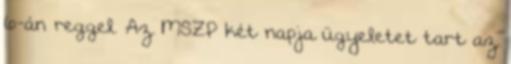
6-án reggel. Az MSZP két napja ügyeletet tart az